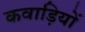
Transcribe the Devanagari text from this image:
कवाड़ियों